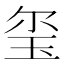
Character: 玺